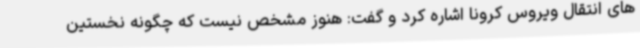
های انتقال ویروس کرونا اشاره کرد و گفت: هنوز مشخص نیست که چگونه نخستین